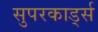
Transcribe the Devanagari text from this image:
सुपरकार्ड्स